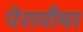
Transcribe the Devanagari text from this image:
पेरामीयर